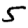
Digit: 5